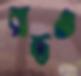
রাতও